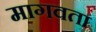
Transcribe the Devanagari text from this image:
मागवता